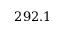
2 9 2 . 1